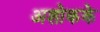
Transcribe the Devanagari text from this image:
अशोकके